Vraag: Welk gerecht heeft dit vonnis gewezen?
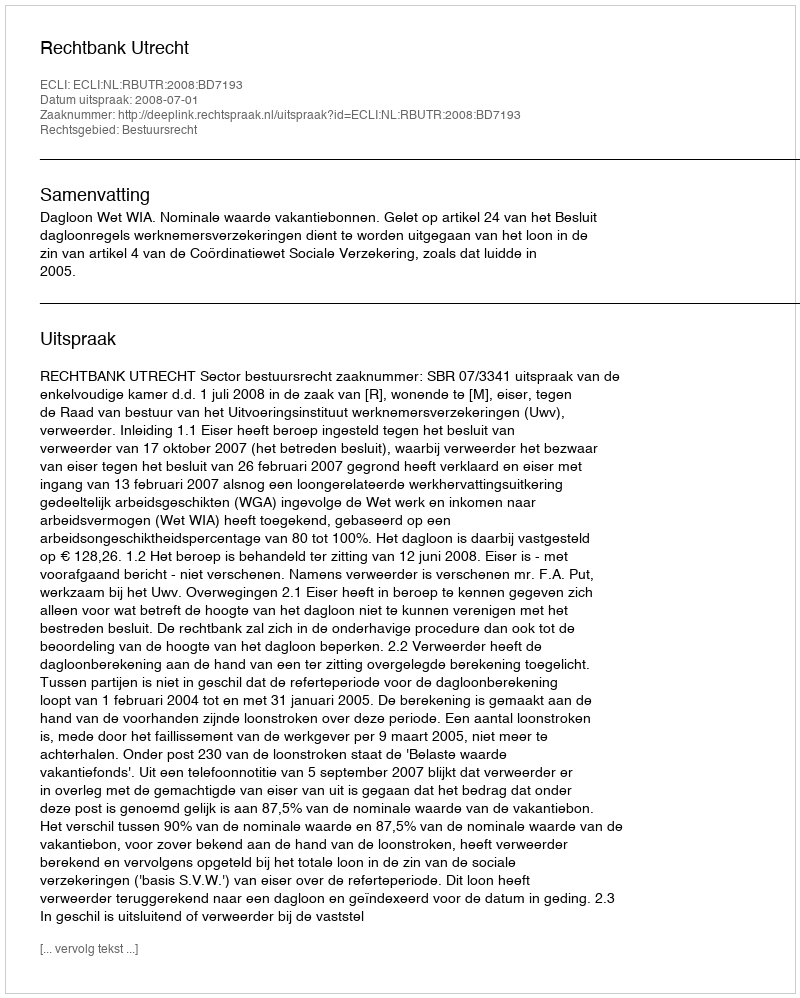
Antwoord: Rechtbank Utrecht